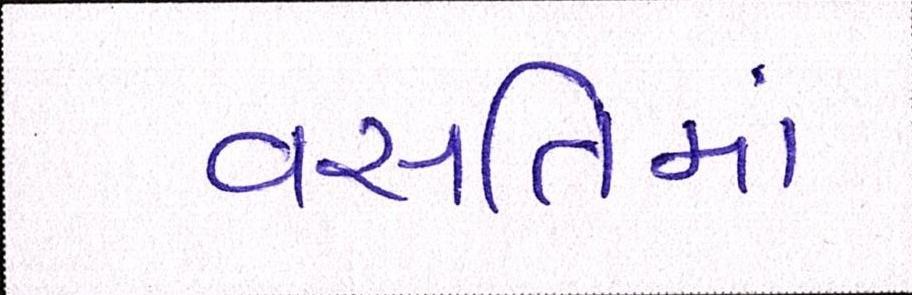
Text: વસતિમાં